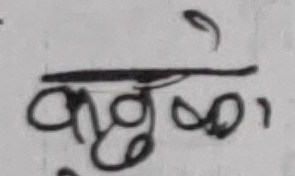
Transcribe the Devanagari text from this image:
ककुल